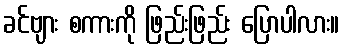
ခင်ဗျား စကားကို ဖြည်းဖြည်း ပြောပါလား။